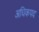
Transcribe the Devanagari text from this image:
अधिकपद